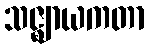
သဇ္ဈာယကတာ